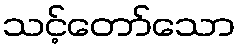
သင့်တော်သော